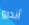
آندرو